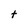
Character: t